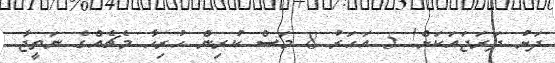
ދަށު ދަރަޖައަކަށް! 5 އަހަރު 8 މަސް ކުރިން ހުރިހާ މެޗެއްގެ ނަތީޖާ